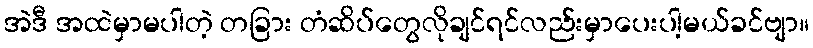
အဲဒီ အထဲမှာမပါတဲ့ တခြား တံဆိပ်တွေလိုချင်ရင်လည်းမှာပေးပါ့မယ်ခင်ဗျာ။